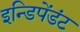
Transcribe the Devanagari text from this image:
इन्डिपेंडंट